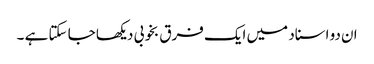
ان دو اسناد میں ایک فرق بخوبی دیکھا جا سکتا ہے ۔